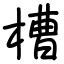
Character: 槽